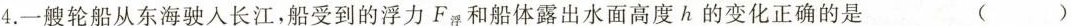
4.一艘轮船从东海驶入长江，船受到的浮力 F_{浮力} 和船体露出水面高度h的变化正确的是 ()